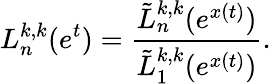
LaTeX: L_{n}^{k,k}(e^{t})=\frac{\tilde{L}_{n}^{k,k}(e^{x(t)})}{\tilde{L}_{1}^{k,k}(e^{x(t)})}.